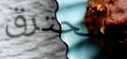
ستحترق